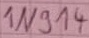
Text: 1N914